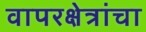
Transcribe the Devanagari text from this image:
वापरक्षेत्रांचा